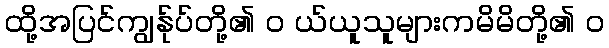
ထို့အပြင်ကျွန်ုပ်တို့၏ ၀ ယ်ယူသူများကမိမိတို့၏ ၀